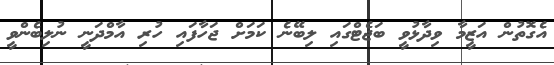
އެގޮތުން އަޒީމާ ވިދާޅުވީ ބަޖެޓްގައި ލިބޭނެ ކަމަށް ޖަހާފައި ހުރި އާމްދަނީ ނުލިބެންވީ